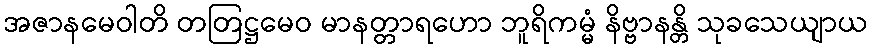
အဇာနမေဝါတိ တတြဋ္ဌမေဝ မာနတ္တာရဟော ဘူရိကမ္မံ နိဗ္ဗာနန္တိ သုခသေယျာယ